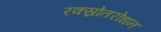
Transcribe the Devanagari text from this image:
रक्स्रोतरोधन